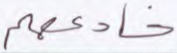
خادعهم